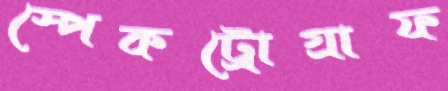
স্পেকট্রোগ্রাফ